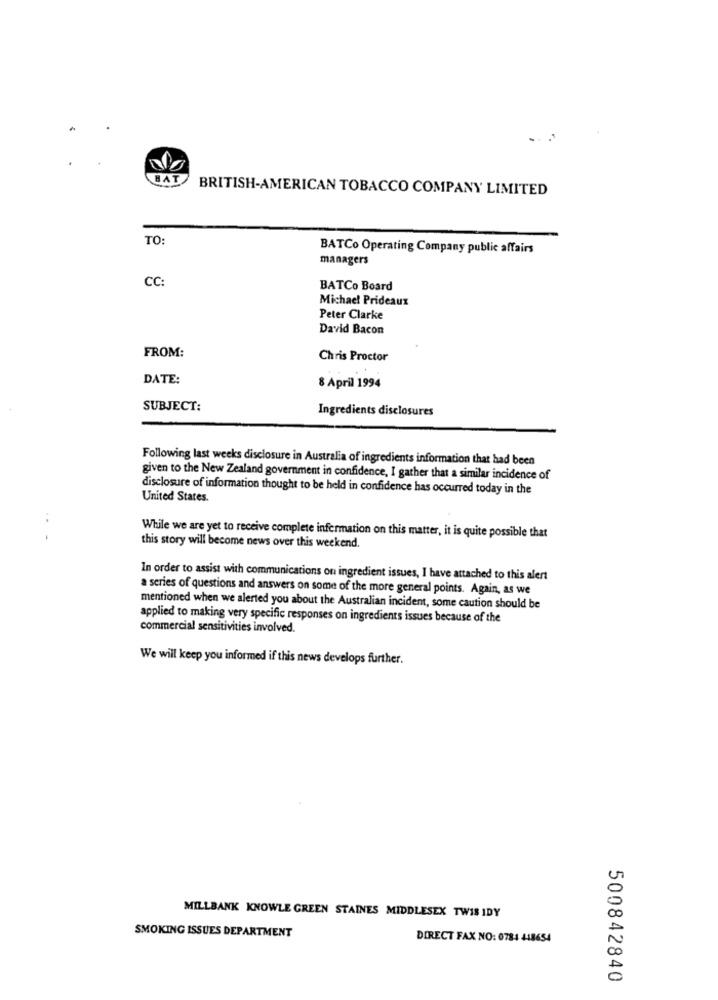
BAT
BRITISH-AMERICAN TOBACCO COMPANY LIMITED
TO:
BATCo Operating Company public affairs
managers
CC:
BATCo Board
Michael Prideaux
Peter Clarke
David Bacon
FROM:
Chris Proctor
DATE:
8 April 1994
SUBJECT:
Ingredients disclosures
Following last weeks disclosure in Australia of ingredients information that had been
given to the New Zealand government in confidence, I gather that a similar incidence of
disclosure of information thought to be held in confidence has occurred today in the
United States.
...
While we are yet to receive complete information on this matter, it is quite possible that
this story will become news over this weekend.
In order to assist with communications on ingredient issues, I have attached to this alert
a series of questions and answers on some of the more general points. Again, as we
mentioned when we alerted you about the Australian incident, some caution should be
applied to making very specific responses on ingredients issues because of the
commercial sensitivities involved.
We will keep you informed if this news develops further.
MILLBANK KNOWLE GREEN STAINES MIDDLESEX TWIS IDY
SMOKING ISSUES DEPARTMENT
DIRECT FAX NO: 0784 448654
500842840